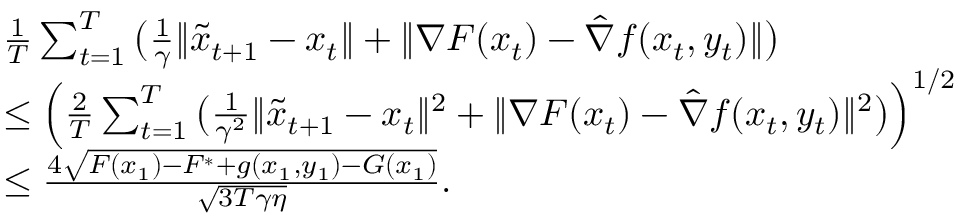
\begin{array} { r l } & { \frac { 1 } { T } \sum _ { t = 1 } ^ { T } \big ( \frac { 1 } { \gamma } \| \tilde { x } _ { t + 1 } - x _ { t } \| + \| \nabla F ( x _ { t } ) - \hat { \nabla } f ( x _ { t } , y _ { t } ) \| \big ) } \\ & { \leq \Big ( \frac { 2 } { T } \sum _ { t = 1 } ^ { T } \big ( \frac { 1 } { \gamma ^ { 2 } } \| \tilde { x } _ { t + 1 } - x _ { t } \| ^ { 2 } + \| \nabla F ( x _ { t } ) - \hat { \nabla } f ( x _ { t } , y _ { t } ) \| ^ { 2 } \big ) \Big ) ^ { 1 / 2 } } \\ & { \leq \frac { 4 \sqrt { F ( x _ { 1 } ) - F ^ { * } + g ( x _ { 1 } , y _ { 1 } ) - G ( x _ { 1 } ) } } { \sqrt { 3 T \gamma \eta } } . } \end{array}